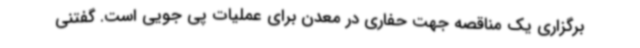
برگزاری یک مناقصه جهت حفاری در معدن برای عملیات پی جویی است. گفتنی